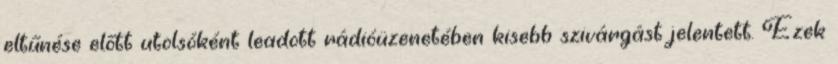
eltűnése előtt utolsóként leadott rádióüzenetében kisebb szivárgást jelentett. Ezek